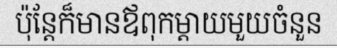
ប៉ុន្តែក៏មានឪពុកម្តាយមួយចំនួន